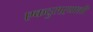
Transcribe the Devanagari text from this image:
एकदुसऱ्याशी